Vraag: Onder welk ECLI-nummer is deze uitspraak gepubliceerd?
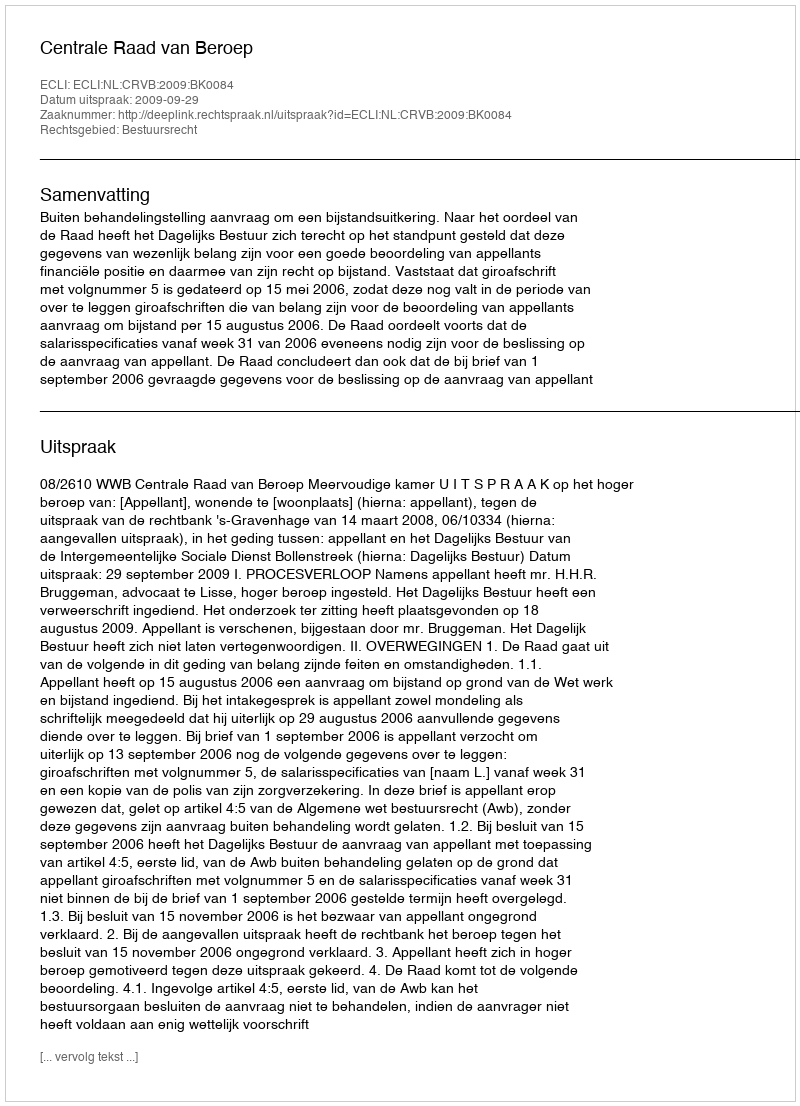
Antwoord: ECLI:NL:CRVB:2009:BK0084